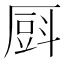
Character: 㕏